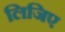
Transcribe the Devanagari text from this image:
लिजिए